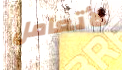
لأتعامل